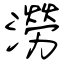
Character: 澇